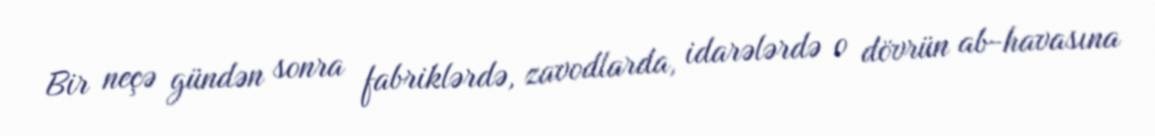
Bir neçə gündən sonra fabriklərdə, zavodlarda, idarələrdə o dövrün ab-havasına